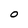
Character: O